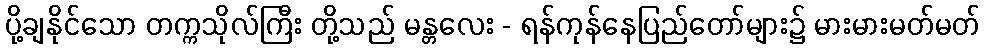
ပို့ချနိုင်သော တက္ကသိုလ်ကြီး တို့သည် မန္တလေး - ရန်ကုန်နေပြည်တော်များ၌ မားမားမတ်မတ်